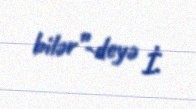
bilər”-deyə İ.